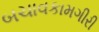
બચાવકામગીરી